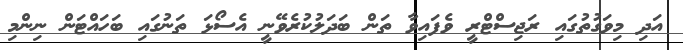
އަދި މިވަގުތުގައި ރަޖިސްޓްރީ ވެފައިވާ ތަން ބަދަލުކުރެވޭނީ އެސޯޅަ ތަނުގައި ބަހައްޓަން ނިންމި